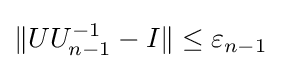
\|UU_{n-1}^{-1}-I\|\leq \varepsilon _{n-1}